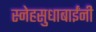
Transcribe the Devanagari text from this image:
स्नेहसुधाबाईंनी